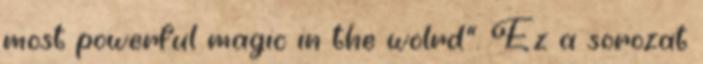
most powerful magic in the wolrd”. Ez a sorozat